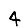
Digit: 4